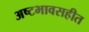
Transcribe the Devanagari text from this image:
अष्टभावसहीत